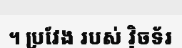
។ ប្រវែង របស់ វ៉ិចទ័រ